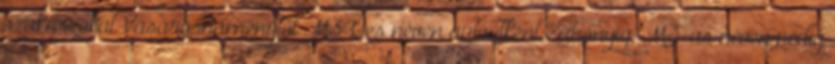
szakaszokat Vásárosnaménytől M34-es néven autóútként Záhonyig, M3-as néven pedig